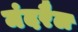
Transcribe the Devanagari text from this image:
मंदरैल